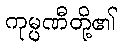
ကုမ္ပဏီတို့၏